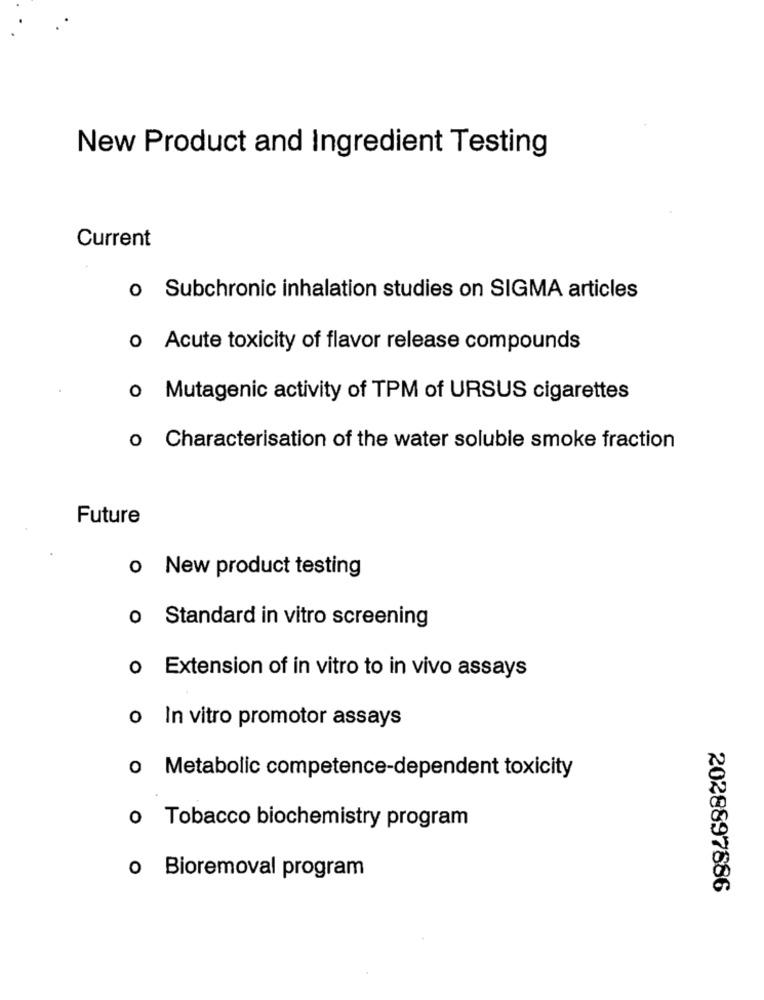
New Product and Ingredient Testing
Current
o Subchronic inhalation studies on SIGMA articles
o Acute toxicity of flavor release compounds
o Mutagenic activity of TPM of URSUS cigarettes
o Characterisation of the water soluble smoke fraction
Future
o New product testing
o Standard in vitro screening
o Extension of in vitro to in vivo assays
o In vitro promotor assays
o Metabolic competence-dependent toxicity
o Tobacco biochemistry program
o Bioremoval program
2028897886